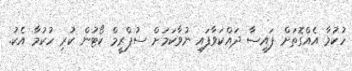
ހުކުމާ އެއްގޮތަށް ފައިސާ ދައްކަވާފައި ނުވާކަމަށް ސުޕްރީމް ކޯޓުން ކުރި ހުކުމާ އެކު.